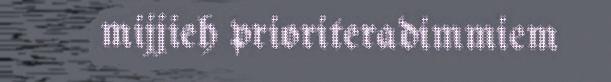
mijjieh prioriteradimmiem